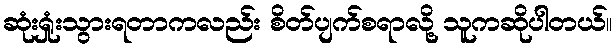
ဆုံးရှုံးသွားရတာကလည်း စိတ်ပျက်စရာလို့ သူကဆိုပါတယ်။